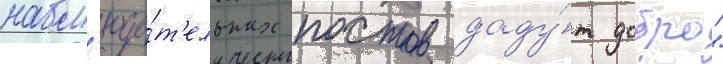
набл'юда́т'ельных постов даду́т добро"